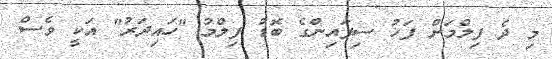
މި ދެ ފިލްމަށް ފަހު ސިފައިންގެ ބޮޑު ފިލްމު "ހައިދަރު" އަކީ ވެސް